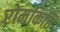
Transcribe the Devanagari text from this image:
रोमकिति